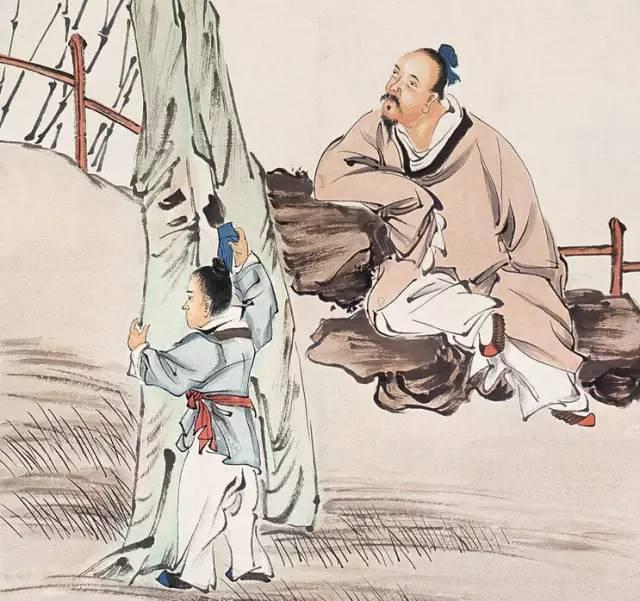
不足于行者，说过不足于信者，诚言。